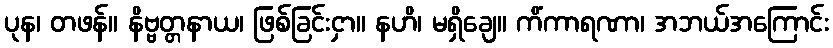
ပုန၊ တဖန်။ နိဗ္ဗတ္တနာယ၊ ဖြစ်ခြင်းငှာ။ နဟိ၊ မရှိချေ။ ကိံကာရဏာ၊ အဘယ်အကြောင်း